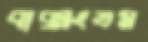
বাক্‌সংযম